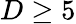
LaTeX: D\geq 5